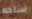
ساده